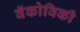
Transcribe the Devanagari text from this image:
वॅकोविकी